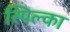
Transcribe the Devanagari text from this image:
स्पिल्का